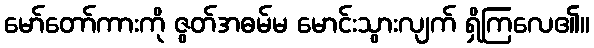
မော်တော်ကားကို ဇွတ်အဓမ်မ မောင်းသွားလျက် ရှိကြလေ၏။